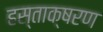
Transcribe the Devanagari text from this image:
हस्ताक्षरण